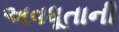
અવધૂતાની